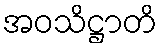
အဝသိဋ္ဌာတိ